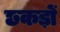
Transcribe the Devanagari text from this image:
छकड़ों